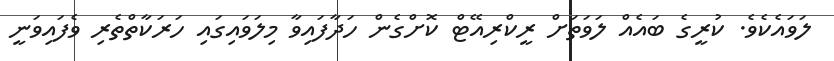
ލަވައެކެވެ. ކުރީގެ ބައެއް ލަވަތަށް ރީކްރިއޭޓް ކޮށްގެން ހަދާފައިވާ މިލަވައިގައި ހަރަކާތްތެރި ވެފައިވަނީ